Annual report on the mental hospital in the Central Provinces and Berar (Nagpur) - 1927-1951
Year: 1927
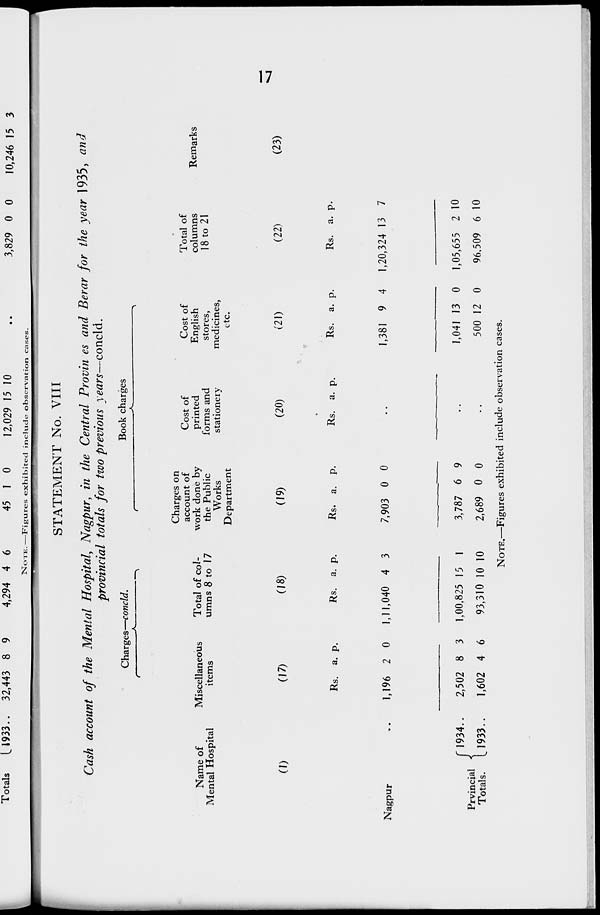
17
STATEMENT No. VIII
Cash account of the Mental Hospital, Nagpur, in the Central Provinces and Berar for the year 1935, and
provincial totals for two previous years—concld.
Name of
Mental Hospital
(1)
Nagpur ..
Prvincial
Totals.
1934 ..
1933 ..
Charges—concld.
Miscellaneous
items
(17)
Rs.
1,196
2,502
1,602
a.
2
8
4
p.
0
3
6
Total of col-
umns 8 to 17
(18)
Rs.
1,11,040
1,00,825
93,310
a.
4
15
10
p.
3
1
10
Book charges
Charges on
account of
work done by
the Public
Works
Department
(19)
Rs.
7,903
3,787
2,689
a.
0
6
0
p.
0
9
0
Cost of
printed
forms and
stationery
(20)
Rs. a. p.
..
..
..
Cost of
English
stores,
medicines,
etc.
(21)
Rs.
1,381
1,041
500
a.
9
13
12
p.
4
0
0
Total of
columns
18 to 21
(22)
Rs.
1,20,324
1,05,655
96,509
a.
13
2
6
p.
7
10
10
Remarks
(23)
NOTE.—Figures exhibited include observation cases.